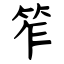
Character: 笮